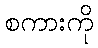
စကားကို